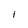
Character: I